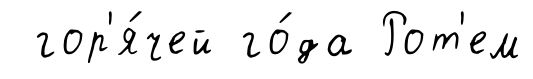
гор'я́чей го́да Рот'ем